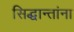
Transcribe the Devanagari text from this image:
सिद्धान्तांना